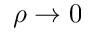
\rho \rightarrow 0